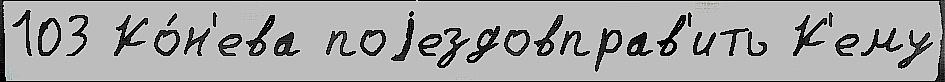
103 Ко́н'ева поjездовправ'ить К'ему